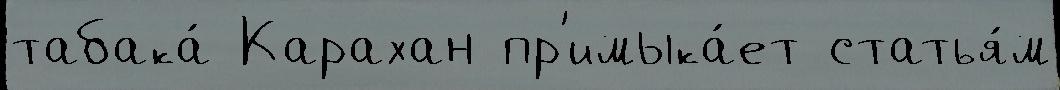
табака́ Карахан пр'имыка́ет статья́м